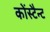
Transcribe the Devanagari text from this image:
कोंस्टैन्ट